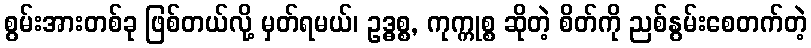
စွမ်းအားတစ်ခု ဖြစ်တယ်လို့ မှတ်ရမယ်၊ ဥဒ္ဓစ္စ, ကုက္ကုစ္စ ဆိုတဲ့ စိတ်ကို ညစ်နွမ်းစေတက်တဲ့